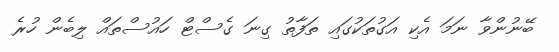
ބޭނުންވާ ނަމަ އެކި އަގުތަކުގައި ތަފާތު ގިނަ ގެސްޓް ހައުސްތައް ލިބެން ހުރެ